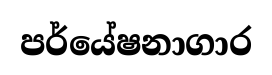
පර්යේෂනාගාර